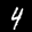
Digit: 4